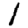
Digit: 1